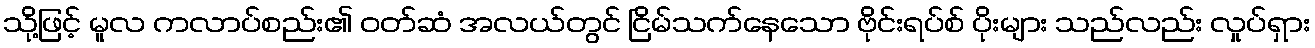
သို့ဖြင့် မူလ ကလာပ်စည်း၏ ဝတ်ဆံ အလယ်တွင် ငြိမ်သက်နေသော ဗိုင်းရပ်စ် ပိုးများ သည်လည်း လှုပ်ရှား